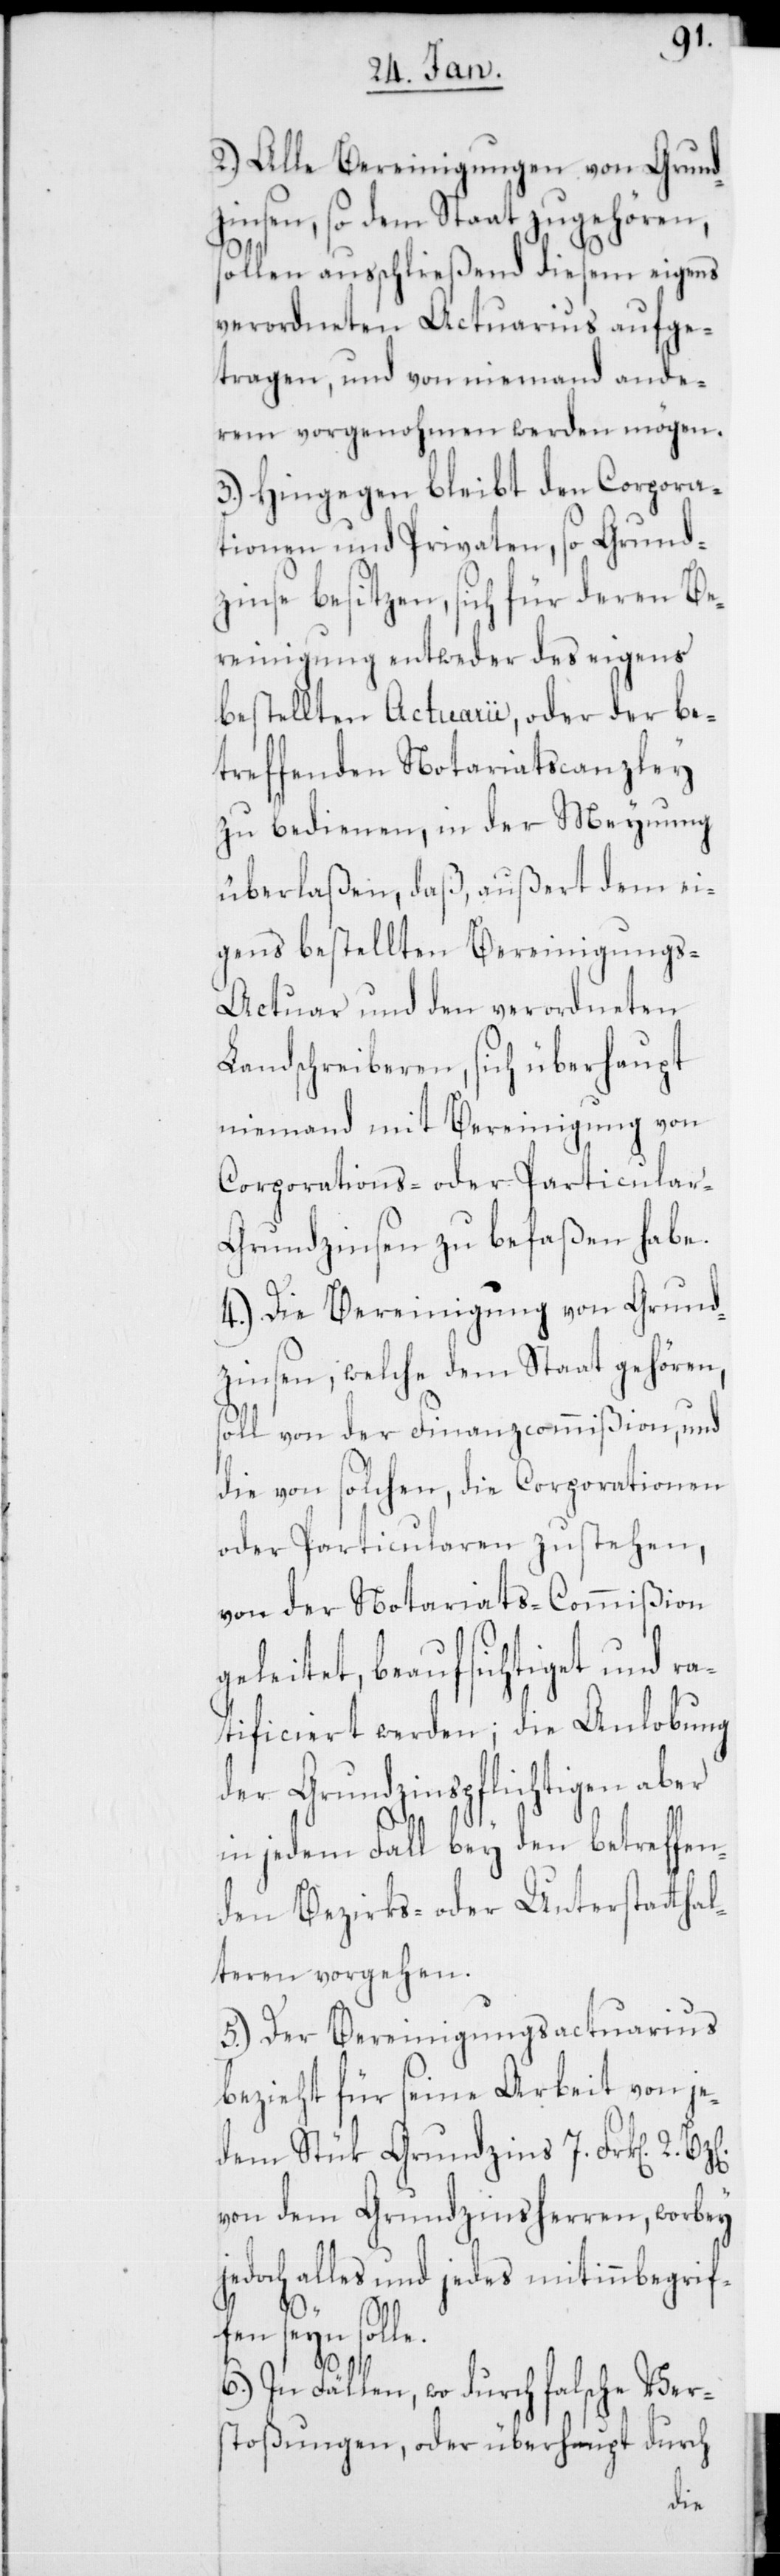
2.) Alle Bereinigungen von Grund¬
zinsen, so dem Staat zugehören,
sollen ausschließend diesem eigens
verordneten Actuarius aufge¬
tragen, und von niemand ande¬
rem vorgenohmen werden mögen.
3.) Hingegen bleibt der Corpora¬
tionen und Privaten, so Grund¬
zinse besitzen, sich für deren Be¬
reinigung entweder des eigens
bestellten Actuarii, oder der be¬
treffenden Notariatscanzley
zu bedienen, in der Meynung
überlaßen, daß, außert dem ei¬
gens bestellten Bereinigungs-A¬
ctuar und den verordneten
Landschreiberen, sich überhaupt
niemand mit Bereinigung von
Corporations- oder Particular-G¬
rundzinsen zu befaßen habe.
4.) Die Bereinigung von Grund¬
zinsen, welche dem Staat gehören,
soll von der Finanzcommißion, und
die von solchen, die Corporationen
oder Particularen zustehen,
von der Notariats-Commißion
geleitet, beaufsichtiget und ra¬
tificiert werden; die Anlobung
der Grundzinspflichtigen aber
in jedem Fall bey den betreffen¬
den Bezirks- oder Unterstatthal¬
teren vorgehen.
5.) Der Bereinigungsactuarius
bezieht für seine Arbeit von je¬
dem Stük Grundzins 7. Frk[en]. 2.
von dem Grundzinsherren, worbey
jedoch alles und jedes mitinbegrif¬
eyn solle.
6.) In Fällen, wo durch falsche Ver¬
stoßungen, oder überhaupt durch